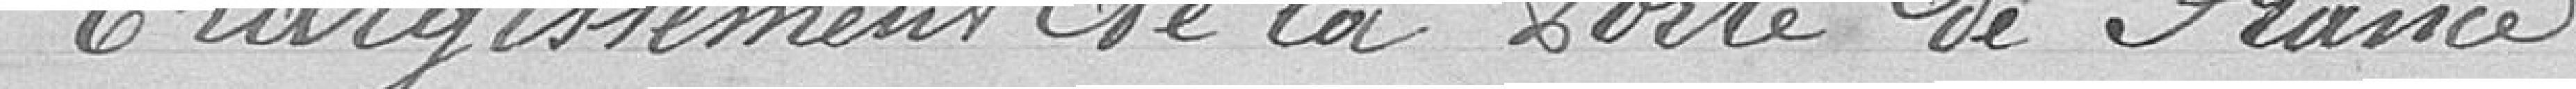
Élargissement de la porte de France